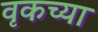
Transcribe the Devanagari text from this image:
वृकच्या